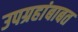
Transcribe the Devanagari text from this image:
उपग्रहांबाबत